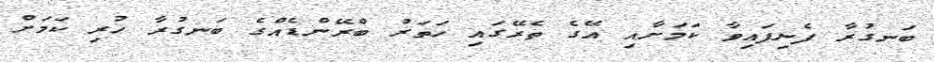
ބަނގުރާ ފެނިފައިވާ ކަމަށާއި އޭގެ ތެރޭގައި ހަތަރު ބްރޭންޑެއްގެ ބަނގުރާ ހުރި ކަމަށް